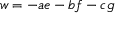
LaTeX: w = - a e - b f - c g